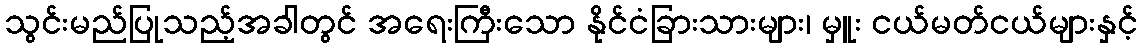
သွင်းမည်ပြုသည့်အခါတွင် အရေးကြီးသော နိုင်ငံခြားသားများ၊ မှူး ငယ်မတ်ငယ်များနှင့်